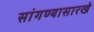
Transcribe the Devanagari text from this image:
सांगण्यासारखे